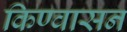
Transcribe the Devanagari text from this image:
किण्वासन